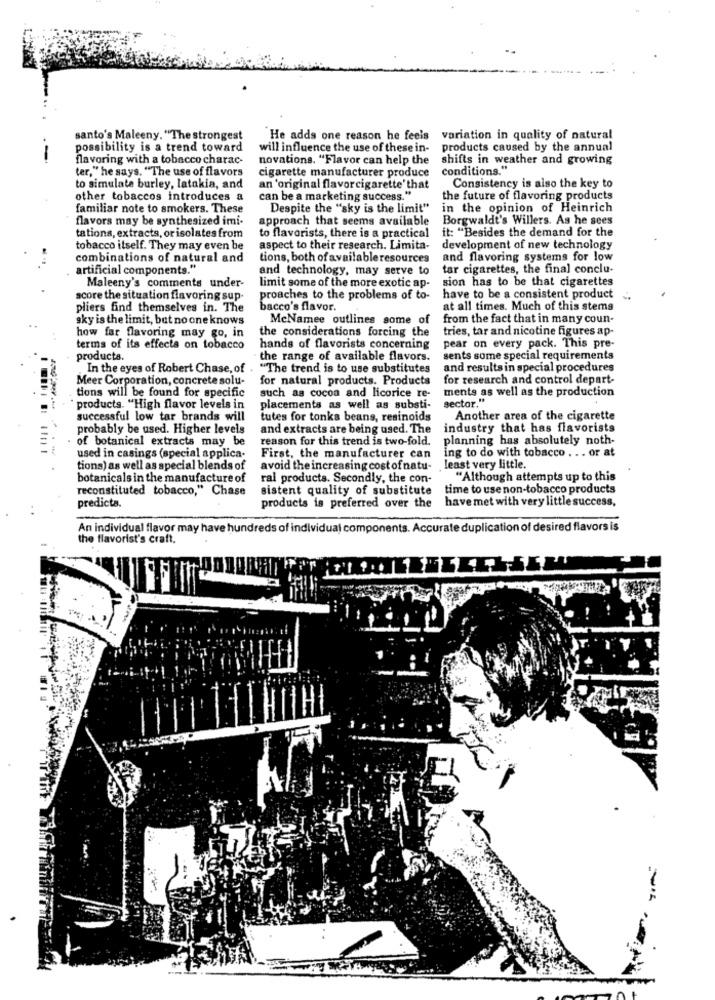
santo's Maleeny. "The strongest
He adds one reason he feels variation in quality of natural
possibility is a trend toward
will influence the use of these in- products caused by the annual
flavoring with a tobacco charac-
novations. "Flavor can help the
shifts in weather and growing
ter," he says. "The use of flavors
cigarette manufacturer produce conditions."
to simulate burley, latakia, and
an 'original flavorcigarette' that
Consistency is also the key to
other tobaccos introduces a
can be a marketing success."
the future of flavoring products
familiar note to smokers. These
Despite the "sky is the limit"
in the opinion of Heinrich
flavors may be synthesized imi-
approach that seems available
Borgwaldt's Willers. As he sees
to flavorists, there is a practical
it: "Besides the demand for the
tations, extracts, or isolates from
tobacco itself. They may even be
aspect to their research. Limita-
development of new technology
combinations of natural and
tions, both of available resources
and flavoring systems for low
artificial components."
and technology, may serve to
tar cigarettes, the final conclu-
sion has to be that cigarettes
Maleeny's comments under-
limit some of the more exotic ap-
score the situation flavoring sup-
proaches to the problems of to-
have to be a consistent product
pliers find themselves in. The
bacco's flavor.
at all times. Much of this stems
sky is the limit, but no one knows
McNamee outlines some of
from the fact that in many coun-
the considerations forcing the
tries, tar and nicotine figures ap-
how far flavoring may go, in
terms of its effects on tobacco
hands of flavorists concerning
pear on every pack. This pre-
products.
the range of available flavors.
sents some special requirements
, In the eyes of Robert Chase, of .
"The trend is to use substitutes
and results in special procedures
Meer Corporation, concrete solu-
for natural products. Products
for research and control depart-
ments as well as the production
tions will be found for specific
such as cocoa and licorice re-
sector."
products. "High flavor levels in
placements as well as substi-
successful low tar brands will
tutes for tonka beans, resinoids
Another area of the cigarette
probably be used. Higher levels
and extracts are being used. The
industry that has flavorists
of botanical extracts may be
reason for this trend is two-fold.
planning has absolutely noth-
ing to do with tobacco . .. or at
used in casings (special applica-
First, the manufacturer can
tions) as well as special blends of
avoid the increasing cost of natu-
least very little.
botanicals in the manufacture of
ral products. Secondly, the con-
"Although attempts up to this
reconstituted tobacco," Chase
sistent quality of substitute
time to use non-tobacco products
have met with very little success,
predicts.
products is preferred over the
An individual flavor may have hundreds of individual components. Accurate duplication of desired flavors is
the flavorist's craft.